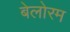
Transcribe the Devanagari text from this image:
बेलोरम